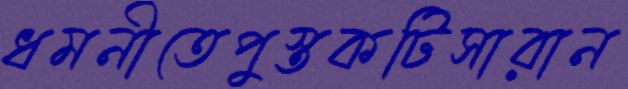
ধমনীতেপুস্তকটিসারান